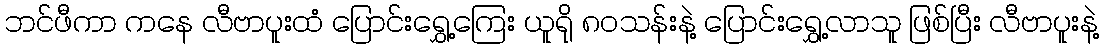
ဘင်ဖီကာ ကနေ လီဗာပူးထံ ပြောင်းရွှေ့ကြေး ယူရို ၈၀သန်းနဲ့ ပြောင်းရွှေ့လာသူ ဖြစ်ပြီး လီဗာပူးနဲ့